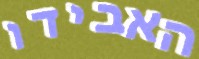
האבידו